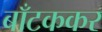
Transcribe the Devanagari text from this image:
बाँटककर